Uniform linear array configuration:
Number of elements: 32
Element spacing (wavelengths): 0.75
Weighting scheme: cosine
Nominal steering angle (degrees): -60
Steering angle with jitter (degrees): -59.814
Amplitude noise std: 0.05
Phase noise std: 0.05

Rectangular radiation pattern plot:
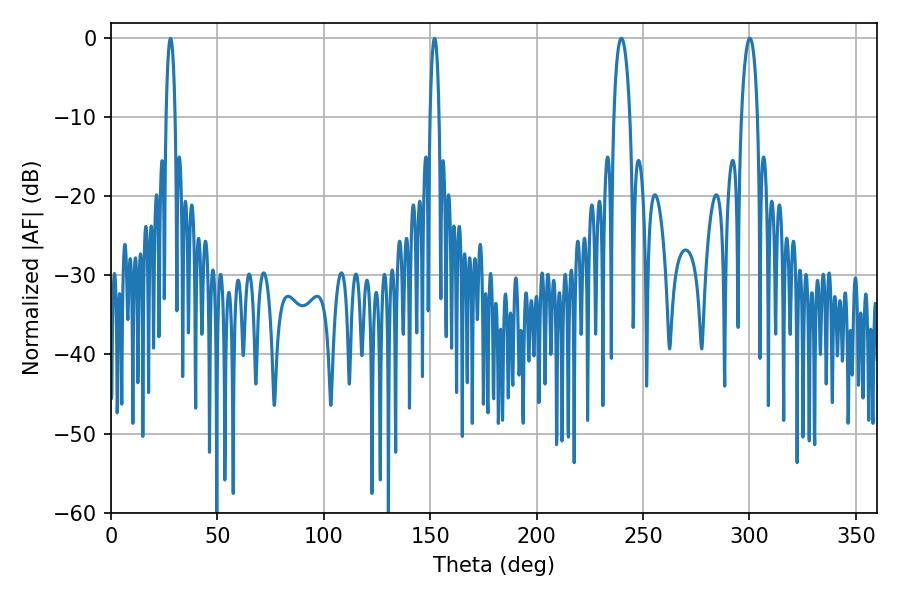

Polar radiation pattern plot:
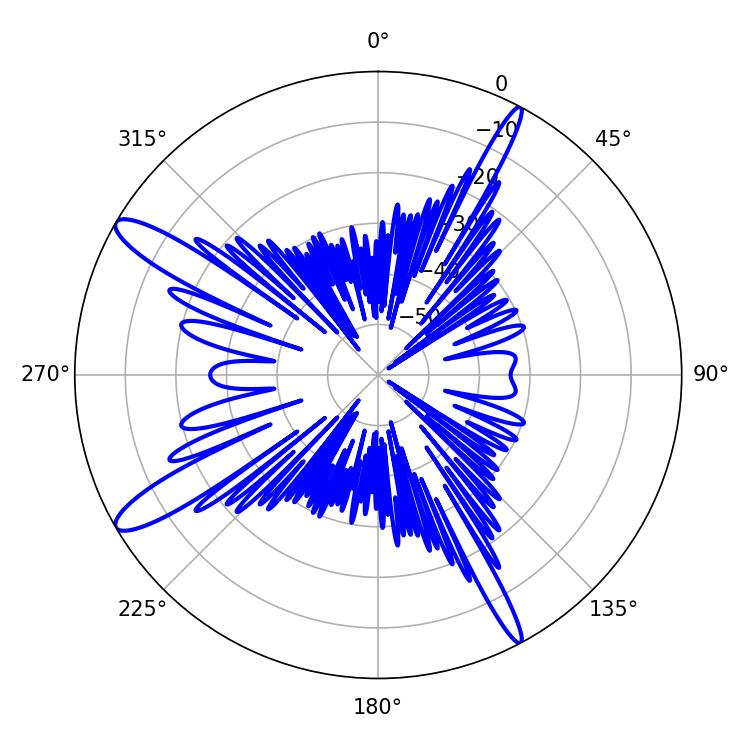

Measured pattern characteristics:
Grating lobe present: TRUE
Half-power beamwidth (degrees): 4.32
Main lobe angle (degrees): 300.24